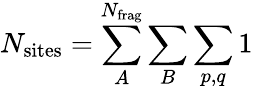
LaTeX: N_{\mathrm{sites}}=\sum_{A}^{N_{\mathrm{frag}}}\sum_{B}\sum_{p,q}1